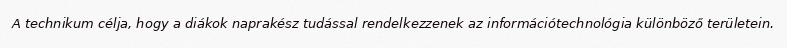
A technikum célja, hogy a diákok naprakész tudással rendelkezzenek az információtechnológia különböző területein.